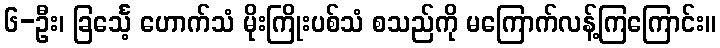
၆-ဦး၊ ခြင်္သေ့ ဟောက်သံ မိုးကြိုးပစ်သံ စသည်ကို မကြောက်လန့်ကြကြောင်း။